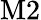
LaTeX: \mathrm{M2}